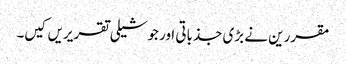
مقررین نے بڑی جذباتی اور جوشیلی تقریریں کیں۔